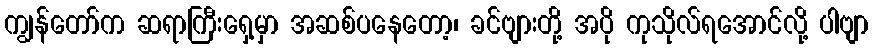
ကျွန်တော်က ဆရာကြီးရှေ့မှာ အဆစ်ပနေတော့၊ ခင်ဗျားတို့ အပို ကုသိုလ်ရအောင်လို့ ပါဗျာ